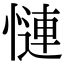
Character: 慩